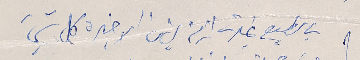
بالطبع غيّرت ازمة لبنان الاخيرة كل شيء